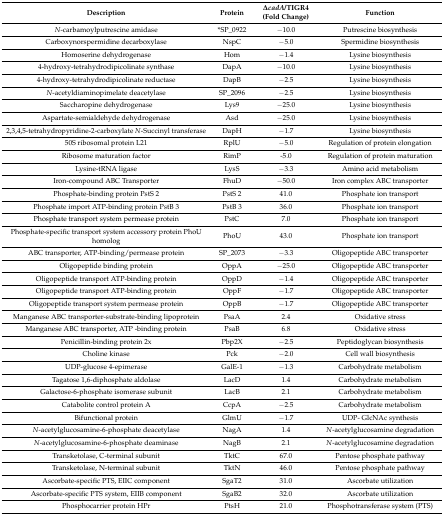
<table><thead><tr><td><b>Description</b></td><td><b>Protein</b></td><td><b><i>ΔcadA</i>/TIGR4 (Fold Change)</b></td><td><b>Function</b></td></tr></thead><tbody><tr><td><i>N</i>-carbamoylputrescine amidase</td><td>*SP_0922</td><td>−10.0</td><td>Putrescine biosynthesis</td></tr><tr><td>Carboxynorspermidine decarboxylase</td><td>NspC</td><td>−5.0</td><td>Spermidine biosynthesis</td></tr><tr><td>Homoserine dehydrogenase</td><td>Hom</td><td>−1.4</td><td>Lysine biosynthesis</td></tr><tr><td>4-hydroxy-tetrahydrodipicolinate synthase</td><td>DapA</td><td>−10.0</td><td>Lysine biosynthesis</td></tr><tr><td>4-hydroxy-tetrahydrodipicolinate reductase</td><td>DapB</td><td>−2.5</td><td>Lysine biosynthesis</td></tr><tr><td><i>N</i>-acetyldiaminopimelate deacetylase</td><td>SP_2096</td><td>−2.5</td><td>Lysine biosynthesis</td></tr><tr><td>Saccharopine dehydrogenase</td><td>Lys9</td><td>−25.0</td><td>Lysine biosynthesis</td></tr><tr><td>Aspartate-semialdehyde dehydrogenase</td><td>Asd</td><td>−25.0</td><td>Lysine biosynthesis</td></tr><tr><td>2,3,4,5-tetrahydropyridine-2-carboxylate <i>N</i>-Succinyl transferase</td><td>DapH</td><td>−1.7</td><td>Lysine biosynthesis</td></tr><tr><td>50S ribosomal protein L21</td><td>RplU</td><td>−5.0</td><td>Regulation of protein elongation</td></tr><tr><td>Ribosome maturation factor</td><td>RimP</td><td>-5.0</td><td>Regulation of protein maturation</td></tr><tr><td>Lysine-tRNA ligase</td><td>LysS</td><td>−3.3</td><td>Amino acid metabolism</td></tr><tr><td>Iron-compound ABC Transporter</td><td>FhuD</td><td>−50.0</td><td>Iron complex ABC transporter</td></tr><tr><td>Phosphate-binding protein PstS 2</td><td>PstS 2</td><td>41.0</td><td>Phosphate ion transport</td></tr><tr><td>Phosphate import ATP-binding protein PstB 3</td><td>PstB 3</td><td>36.0</td><td>Phosphate ion transport</td></tr><tr><td>Phosphate transport system permease protein</td><td>PstC</td><td>7.0</td><td>Phosphate ion transport</td></tr><tr><td>Phosphate-specific transport system accessory protein PhoU homolog</td><td>PhoU</td><td>43.0</td><td>Phosphate ion transport</td></tr><tr><td>ABC transporter, ATP-binding/permease protein</td><td>SP_2073</td><td>−3.3</td><td>Oligopeptide ABC transporter</td></tr><tr><td>Oligopeptide binding protein</td><td>OppA</td><td>−25.0</td><td>Oligopeptide ABC transporter</td></tr><tr><td>Oligopeptide transport ATP-binding protein</td><td>OppD</td><td>−1.4</td><td>Oligopeptide ABC transporter</td></tr><tr><td>Oligopeptide transport ATP-binding protein</td><td>OppF</td><td>−1.7</td><td>Oligopeptide ABC transporter</td></tr><tr><td>Oligopeptide transport system permease protein</td><td>OppB</td><td>−1.7</td><td>Oligopeptide ABC transporter</td></tr><tr><td>Manganese ABC transporter-substrate-binding lipoprotein</td><td>PsaA</td><td>2.4</td><td>Oxidative stress</td></tr><tr><td>Manganese ABC transporter, ATP -binding protein</td><td>PsaB</td><td>6.8</td><td>Oxidative stress</td></tr><tr><td>Penicillin-binding protein 2x</td><td>Pbp2X</td><td>−2.5</td><td>Peptidoglycan biosynthesis</td></tr><tr><td>Choline kinase</td><td>Pck</td><td>−2.0</td><td>Cell wall biosynthesis</td></tr><tr><td>UDP-glucose 4-epimerase</td><td>GalE-1</td><td>−1.3</td><td>Carbohydrate metabolism</td></tr><tr><td>Tagatose 1,6-diphosphate aldolase</td><td>LacD</td><td>1.4</td><td>Carbohydrate metabolism</td></tr><tr><td>Galactose-6-phosphate isomerase subunit</td><td>LacB</td><td>2.1</td><td>Carbohydrate metabolism</td></tr><tr><td>Catabolite control protein A</td><td>CcpA</td><td>−2.5</td><td>Carbohydrate metabolism</td></tr><tr><td>Bifunctional protein</td><td>GlmU</td><td>−1.7</td><td>UDP- GlcNAc synthesis</td></tr><tr><td><i>N</i>-acetylglucosamine-6-phosphate deacetylase</td><td>NagA</td><td>1.4</td><td><i>N</i>-acetylglucosamine degradation</td></tr><tr><td><i>N</i>-acetylglucosamine-6-phosphate deaminase</td><td>NagB</td><td>2.1</td><td><i>N</i>-acetylglucosamine degradation</td></tr><tr><td>Transketolase, C-terminal subunit</td><td>TktC</td><td>67.0</td><td>Pentose phosphate pathway</td></tr><tr><td>Transketolase, N-terminal subunit</td><td>TktN</td><td>46.0</td><td>Pentose phosphate pathway</td></tr><tr><td>Ascorbate-specific PTS, EIIC component</td><td>SgaT2</td><td>31.0</td><td>Ascorbate utilization</td></tr><tr><td>Ascorbate-specific PTS system, EIIB component</td><td>SgaB2</td><td>32.0</td><td>Ascorbate utilization</td></tr><tr><td>Phosphocarrier protein HPr</td><td>PtsH</td><td>21.0</td><td>Phosphotransferase system (PTS)</td></tr></tbody></table>